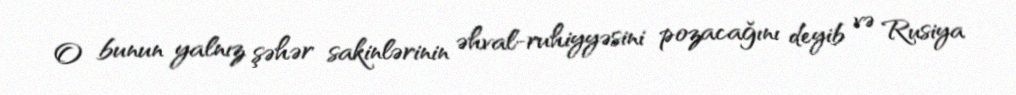
O bunun yalnız şəhər sakinlərinin əhval-ruhiyyəsini pozacağını deyib və Rusiya